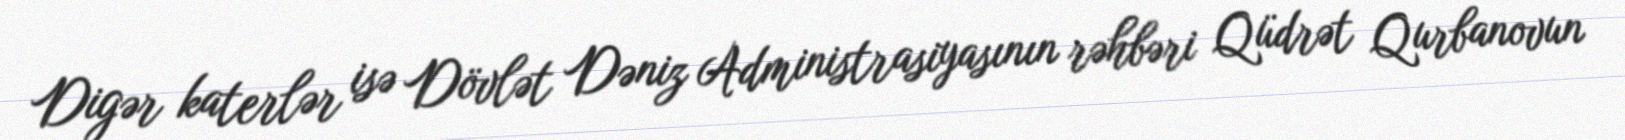
Digər katerlər isə Dövlət Dəniz Administrasiyasının rəhbəri Qüdrət Qurbanovun